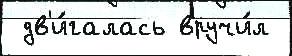
 дв'и́галась вручи́л